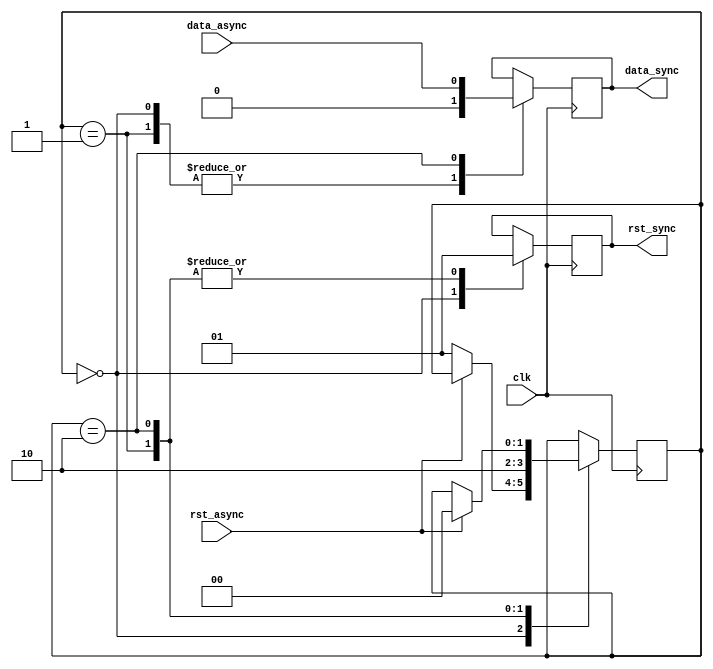
module synchronizer_with_reset (
    input clk,
    input rst_async,
    input data_async,
    output reg data_sync,
    output reg rst_sync
);

reg [1:0] sync_state;

always @(posedge clk) begin
    case (sync_state)
        2'b00: begin
            data_sync <= 1'b0;
            rst_sync <= 1'b0;
            if (rst_async == 1'b0) begin
                sync_state <= 2'b01;
            end
        end
        2'b01: begin
            data_sync <= 1'b0;
            rst_sync <= 1'b1;
            sync_state <= 2'b10;
        end
        2'b10: begin
            data_sync <= data_async;
            rst_sync <= 1'b1;
            if (rst_async == 1'b1) begin
                sync_state <= 2'b00;
            end
        end
    endcase
end

endmodule